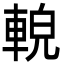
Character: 䡚